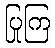
ပြုကြ